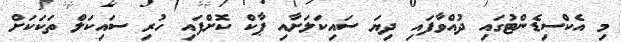
މި އެކްސިޑެންޓުގައި ދުއްވާފައި ދިޔަ ސައިކަލަށާއި ޕާކް ކޮށްފައި ހުރި ސައިކަލް ތަކަކަށް